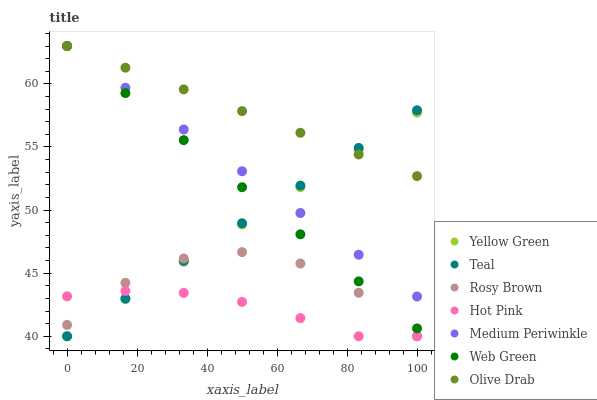
| xaxis_label | Yellow Green | Teal | Rosy Brown | Hot Pink | Medium Periwinkle | Web Green | Olive Drab |
 | --- | --- | --- | --- | --- | --- | --- | --- |
 | 0 | 40 | 40 | 40.9 | 43.2 | 63 | 63 | 63 |
 | 16.7 | 43 | 43 | 44.2 | 43.6 | 59.7 | 59.3 | 61.3 |
 | 33.3 | 45.9 | 46 | 46.2 | 43.4 | 56.4 | 55.5 | 59.6 |
 | 50 | 48.9 | 49 | 46.7 | 42.7 | 53.1 | 51.8 | 57.8 |
 | 66.7 | 51.8 | 51.9 | 45.8 | 41.4 | 49.8 | 48.1 | 56.1 |
 | 83.3 | 54.8 | 54.9 | 43.4 | 40 | 46.5 | 44.4 | 54.4 |
 | 100 | 57.7 | 57.9 | 40 | 40 | 43.2 | 40.6 | 52.7 |